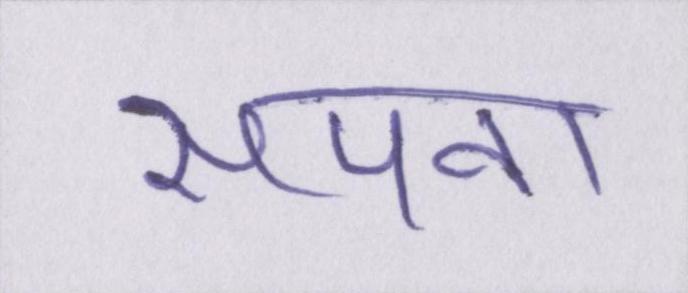
सपना